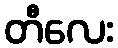
တီလေး